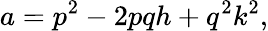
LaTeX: a=p^{2}-2pqh+q^{2}k^{2},